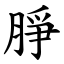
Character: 㬹